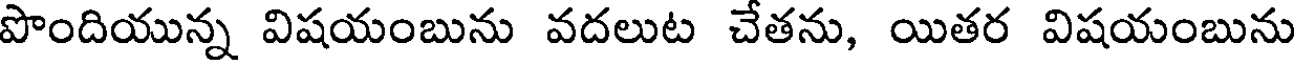
పొందియున్న విషయంబును వదలుట చేతను, యితర విషయంబును